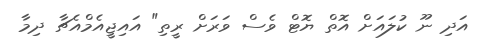
އަދި ނޫ ކުލައަށް އޮތް ޔޮޓް ވެސް ވަރަށް ރީތި" އައިޖީއެމްއެޗާ ދިމާ